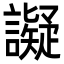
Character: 譺